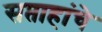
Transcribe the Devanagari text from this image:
सप्ताहांचे